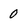
Character: 0